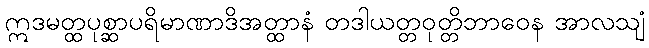
ဣဒမတ္ထပုစ္ဆာပရိမာဏာဒိအတ္ထာနံ တဒါယတ္တဝုတ္တိဘာဝေန အာလသျံ